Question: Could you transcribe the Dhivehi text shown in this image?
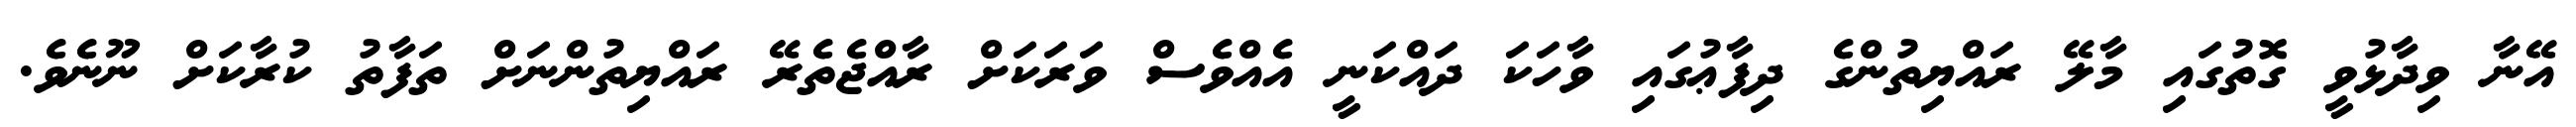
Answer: އޭނާ ވިދާޅުވީ ގޮތުގައި މާލޭ ރައްޔިތުންގެ ދިފާޢުގައި ވާހަކަ ދައްކަނީ އެއްވެސް ވަރަކަށް ރާއްޖެތެރޭ ރައްޔިތުންނަށް ތަފާތު ކުރާކަށް ނޫނެވެ.